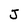
Character: J